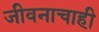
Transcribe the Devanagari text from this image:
जीवनाचाही